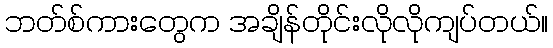
ဘတ်စ်ကားတွေက အချိန်တိုင်းလိုလိုကျပ်တယ်။